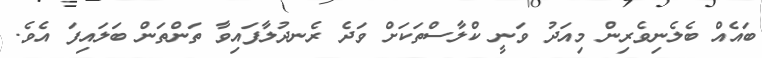
ބައެއް ބެލެނިވެރިން މިއަދު ވަނީ ކްލާސްތަކަށް ވަދެ ރެނދުލާފައިވާ ތަންތަން ބަލައިފަ އެވެ.